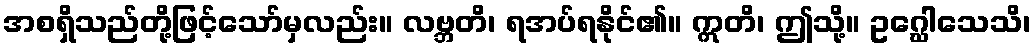
အစရှိသည်တို့ဖြင့်သော်မှလည်း။ လဗ္ဘတိ၊ ရအပ်ရနိုင်၏။ ဣတိ၊ ဤသို့။ ဥဂ္ဃေါသေသိ၊